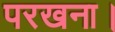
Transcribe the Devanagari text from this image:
परखना।